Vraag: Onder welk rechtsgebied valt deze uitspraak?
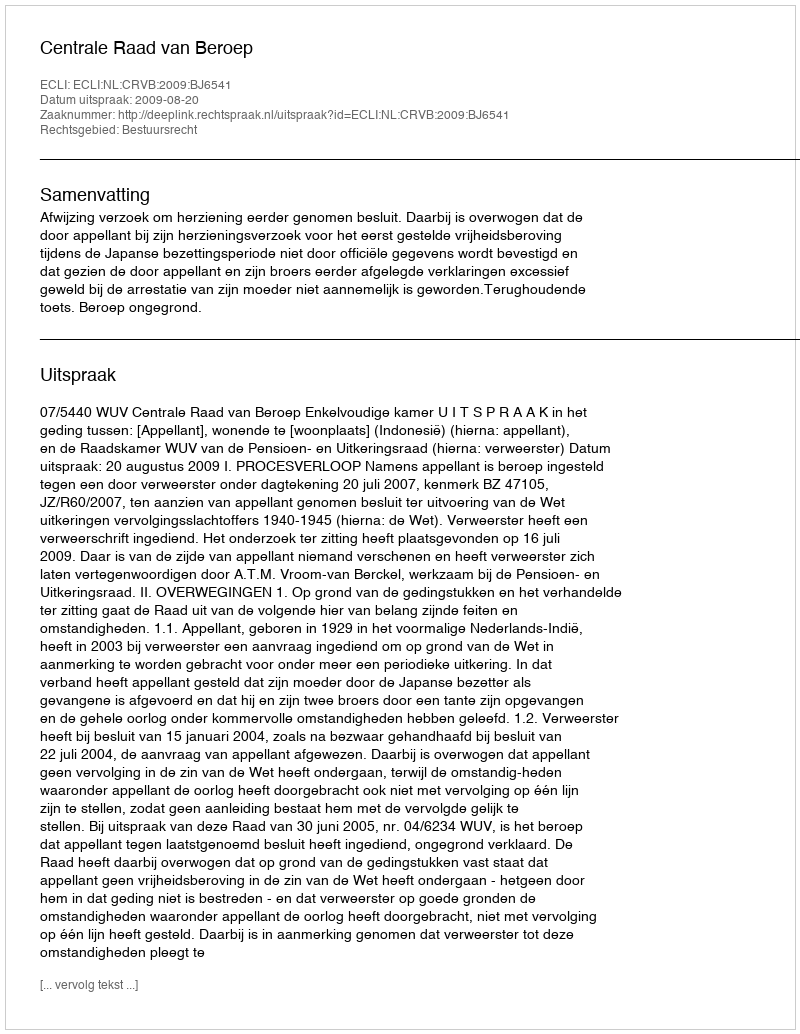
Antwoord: Bestuursrecht